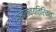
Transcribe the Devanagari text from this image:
शृंखलेव्यतिरिक्त